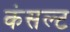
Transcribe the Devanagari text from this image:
कंसल्ट